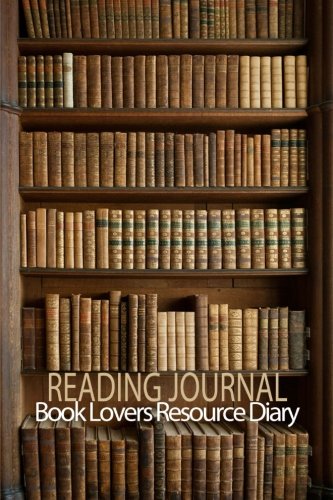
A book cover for Reading Journal : Book Lovers Resource Diary: Blank Reading Journal To Record Over 100 Books (Reading Journals) (Volume 3); Blank Books 'N' Journals; Literature & Fiction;